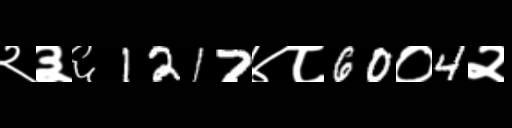
Text: २३६1217४८60०4२